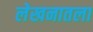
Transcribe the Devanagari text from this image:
लेखनातला